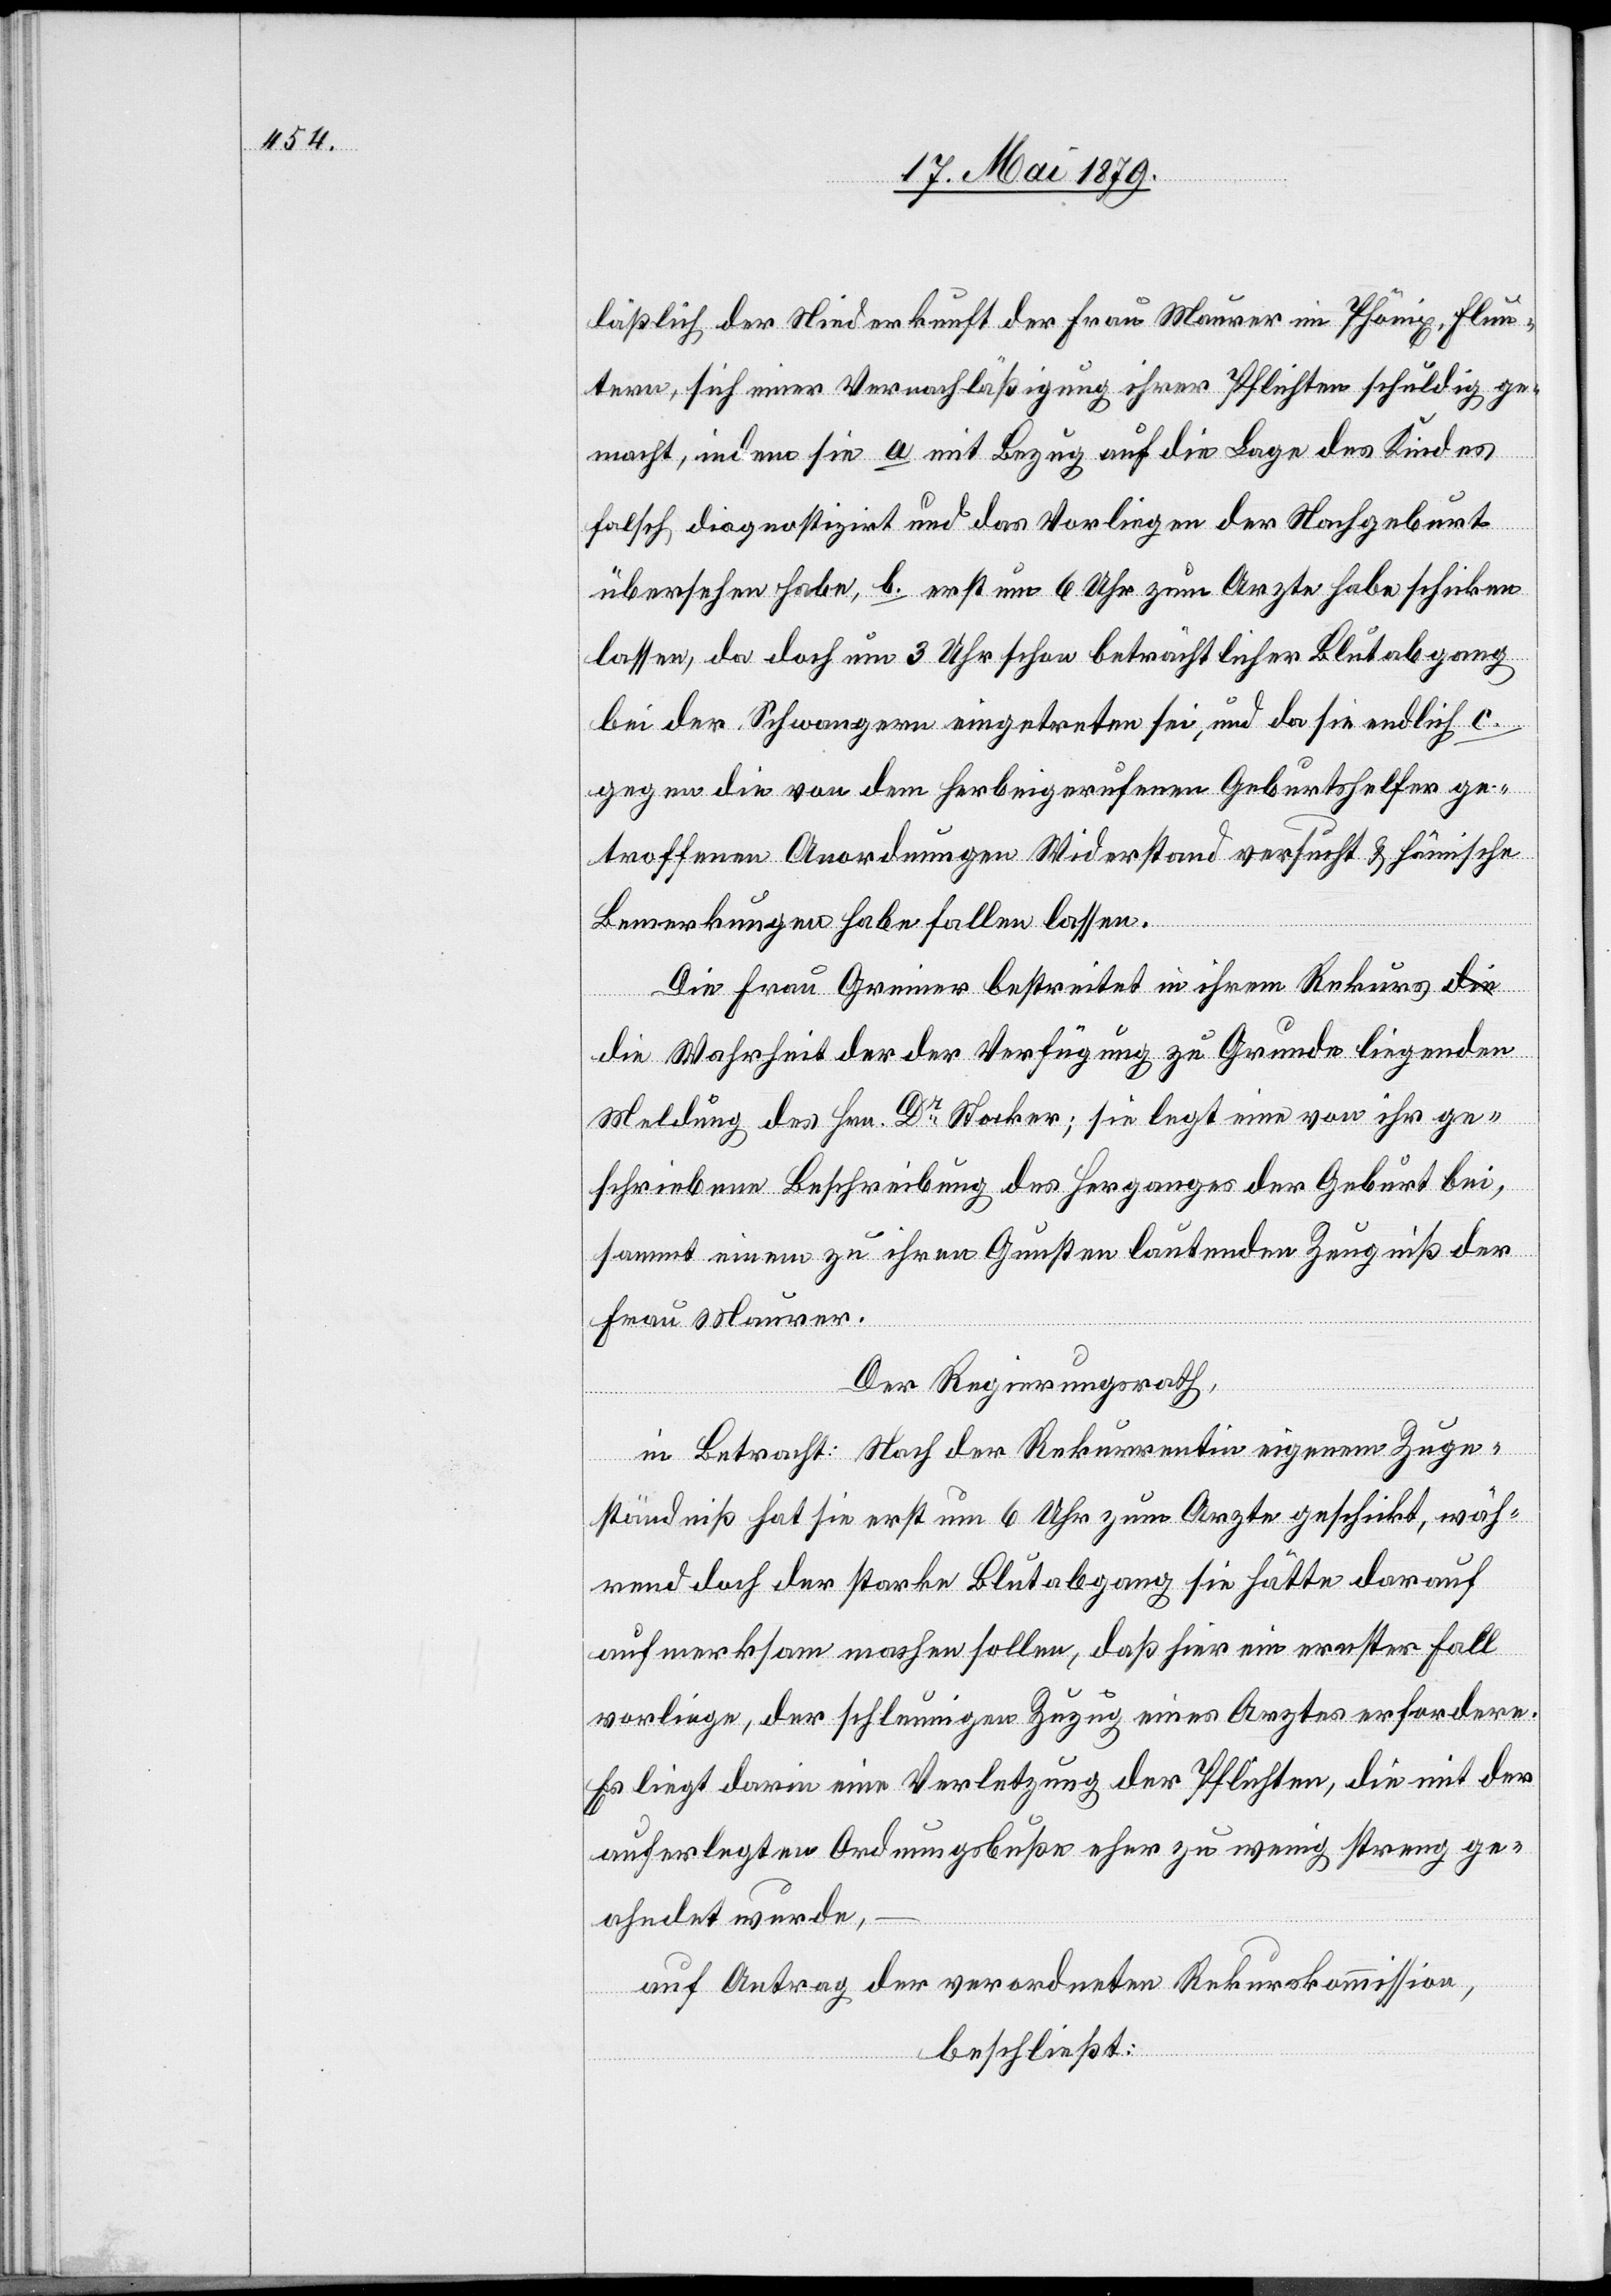
läßlich der Niederkunft der Frau Maurer im Phönix, Flun¬
tern, sich einer Vernachläßigung ihrer Pflichten schuldig ge¬
macht, indem sie a. mit Bezug auf die Lage des Kindes
falsch diagnostizirt und das Vorliegen der Nachgeburt
übersehen habe, b. erst um 6 Uhr zum Arzte habe schicken
lassen, da doch um 3 Uhr schon beträchtlicher Blutabgang
bei der Schwangern eingetreten sei, und da sie endlich c.
gegen die von dem herbeigerufenen Geburtshelfer ge¬
troffenen Anordnungen Widerstand versucht & hämische
Bemerkungen habe fallen lassen.
Die Frau Greiner bestreitet in ihrem Rekurs d¬
ie Wahrheit der der Verfügung zu Grunde liegenden
Meldung des Hrn. Dr Stocker; sie legt eine von ihr ge¬
schriebene Beschreibung des Herganges der Geburt bei,
sammt einem zu ihren Gunsten lautenden Zeugniß der
Frau Maurer.
Der Regierungsrath,
in Betracht: Nach der Rekurrentin eigenem Zuge¬
ständniß hat sie erst um 6 Uhr zum Arzte geschickt, wäh¬
rend doch der starke Blutabgang sie hätte darauf
aufmerksam machen sollen, daß hier ein ernster Fall
vorliege, der schleunigen Zuzug eines Arztes erfordere.
Es liegt darin eine Verletzung der Pflichten, die mit der
auferlegten Ordnungsbuße eher zu wenig streng ge¬
ahndet wurde,
auf Antrag der verordneten Rekurskommission,
beschließt: